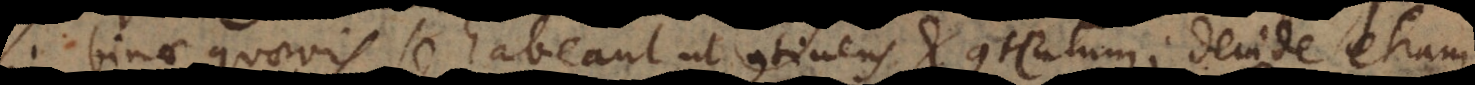
si binae quaevis se habeant ut continens et contentum; deinde etiam